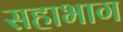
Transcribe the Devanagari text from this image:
सहाभाग